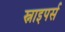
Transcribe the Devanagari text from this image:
स्नाइपर्स